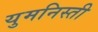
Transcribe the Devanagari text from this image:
युमनिस्ती